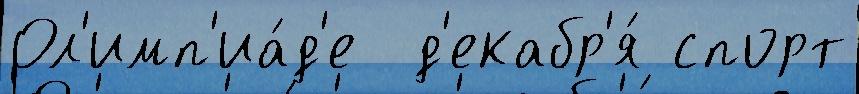
Ол'имп'иа́д'е  д'екабр'я́ спорт